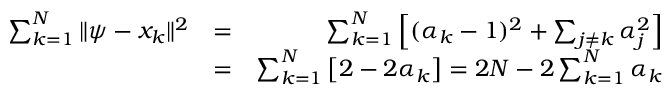
\begin{array} { r l r } { \sum _ { k = 1 } ^ { N } \| \psi - x _ { k } \| ^ { 2 } } & { = } & { \sum _ { k = 1 } ^ { N } \left[ ( \alpha _ { k } - 1 ) ^ { 2 } + \sum _ { j \neq k } \alpha _ { j } ^ { 2 } \right] } \\ & { = } & { \sum _ { k = 1 } ^ { N } \left[ 2 - 2 \alpha _ { k } \right] = 2 N - 2 \sum _ { k = 1 } ^ { N } \alpha _ { k } } \end{array}